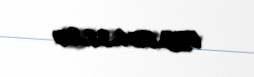
099.054.38.20